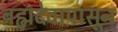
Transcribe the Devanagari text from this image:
ब्रह्मदेवापासून